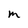
Character: M